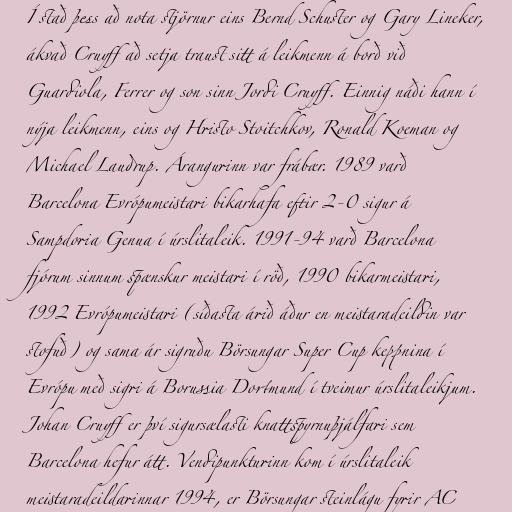
Í stað þess að nota stjörnur eins Bernd Schuster og Gary Lineker,
ákvað Cruyff að setja traust sitt á leikmenn á borð við
Guardiola, Ferrer og son sinn Jordi Cruyff. Einnig náði hann í
nýja leikmenn, eins og Hristo Stoitchkov, Ronald Koeman og
Michael Laudrup. Árangurinn var frábær. 1989 varð
Barcelona Evrópumeistari bikarhafa eftir 2-0 sigur á
Sampdoria Genua í úrslitaleik. 1991-94 varð Barcelona
fjórum sinnum spænskur meistari í röð, 1990 bikarmeistari,
1992 Evrópumeistari (síðasta árið áður en meistaradeildin var
stofuð) og sama ár sigruðu Börsungar Super Cup keppnina í
Evrópu með sigri á Borussia Dortmund í tveimur úrslitaleikjum.
Johan Cruyff er því sigursælasti knattspyrnuþjálfari sem
Barcelona hefur átt. Vendipunkturinn kom í úrslitaleik
meistaradeildarinnar 1994, er Börsungar steinlágu fyrir AC